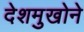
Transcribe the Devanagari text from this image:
देशमुखोने